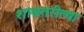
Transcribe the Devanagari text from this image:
शाश्वतरीत्या